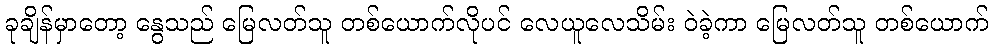
ခုချိန်မှာတော့ နွေသည် မြေလတ်သူ တစ်ယောက်လိုပင် လေယူလေသိမ်း ဝဲခဲ့ကာ မြေလတ်သူ တစ်ယောက်